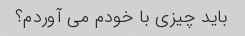
باید چیزی با خودم می آوردم؟